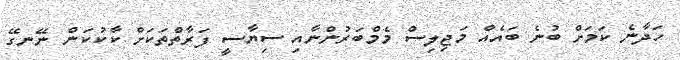
ހަދާނެ ކަމަށް ބުނެ ބައެއް މަޖިލިސް މެމްބަރުންނާއި ސިޔާސީ ފަރާތްތަކަށް ކާކުކަން ނޭނގޭ